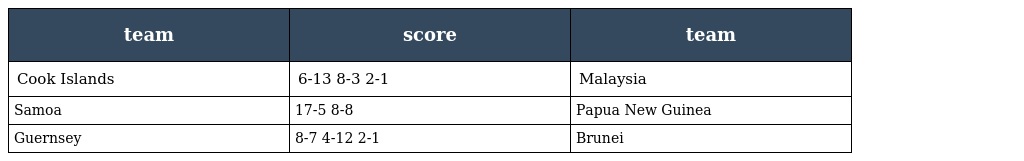
| team | score | team |
 | --- | --- | --- |
 | Cook Islands | 6-13 8-3 2-1 | Malaysia |
 | Samoa | 17-5 8-8 | Papua New Guinea |
 | Guernsey | 8-7 4-12 2-1 | Brunei |